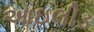
આઇલીડ